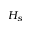
H _ { s }